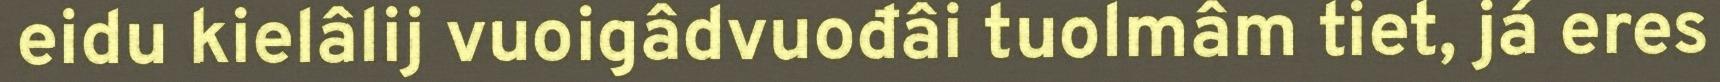
eidu kielâlij vuoigâdvuođâi tuolmâm tiet, já eres